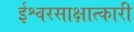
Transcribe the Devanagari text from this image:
ईश्वरसाक्षात्कारी